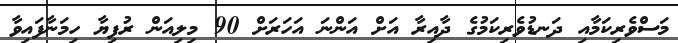
މަސްވެރިކަމާއި ދަނޑުވެރިކަމުގެ ދާއިރާ އަށް އަންނަ އަހަރަށް 90 މިލިއަން ރުފިޔާ ހިމަނާފައިވާ